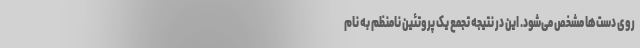
روی دست‌ها مشخص می‌شود. این در نتیجه تجمع یک پروتئین نامنظم به نام